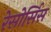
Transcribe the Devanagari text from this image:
रेसोर्सिस